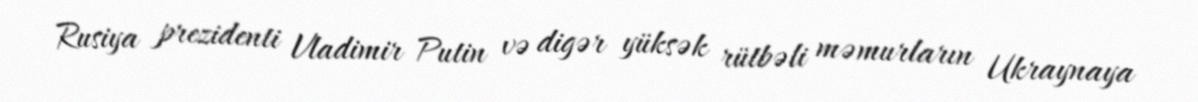
Rusiya prezidenti Vladimir Putin və digər yüksək rütbəli məmurların Ukraynaya